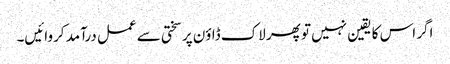
اگر اس کا یقین نہیں تو پھر لاک ڈاؤن پر سختی سے عمل درآمد کروائیں۔